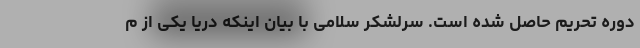
دوره تحریم حاصل شده است. سرلشکر سلامی با بیان اینکه دریا یکی از م